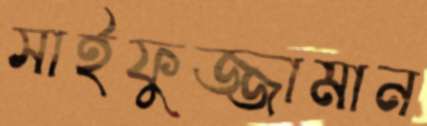
সাইফুজ্জামান